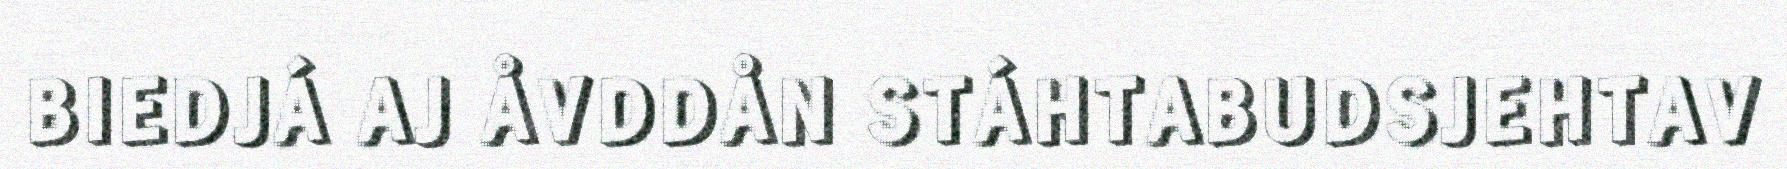
BIEDJÁ AJ ÅVDDÅN STÁHTABUDSJEHTAV